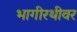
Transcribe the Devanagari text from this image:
भागीरथीवर